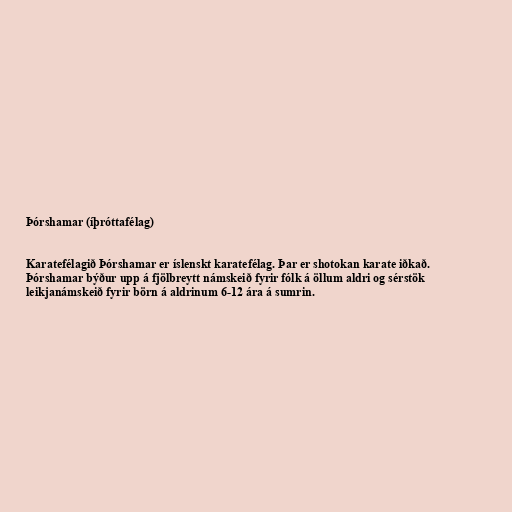
Þórshamar (íþróttafélag)

Karatefélagið Þórshamar er íslenskt karatefélag. Þar er shotokan karate iðkað.
Þórshamar býður upp á fjölbreytt námskeið fyrir fólk á öllum aldri og sérstök
leikjanámskeið fyrir börn á aldrinum 6-12 ára á sumrin.